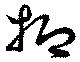
抑